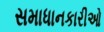
સમાધાનકારીઓ